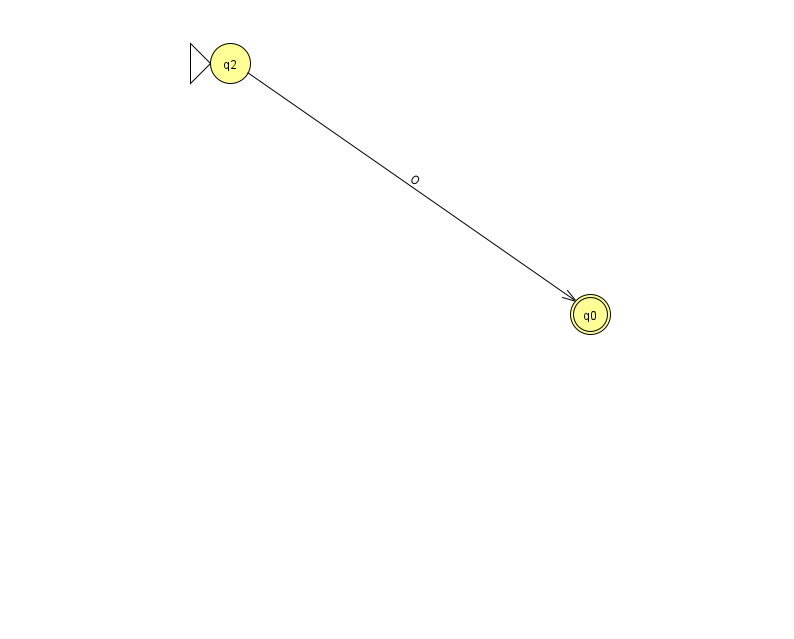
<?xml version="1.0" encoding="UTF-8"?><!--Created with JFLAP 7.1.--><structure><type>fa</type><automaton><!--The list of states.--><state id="0" name="q0"><x>590.0</x><y>301.0</y><final/></state><state id="2" name="q2"><x>230.0</x><y>50.0</y><initial/></state><!--The list of transitions.--><transition><from>2</from><to>0</to><read>O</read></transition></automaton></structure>